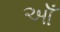
ઑઁ